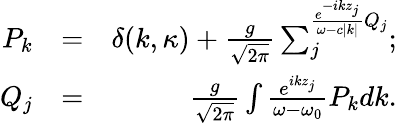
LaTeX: \begin{array}{rlr}{{P_{k}}}&{=}&{\delta({k,{\kappa}})+\frac{g}{{\sqrt{2\pi}}}\sum_{j}^{\frac{{{e^{-ik{z_{j}}}}}}{{\omega-c|k|}}{Q_{j}}};}\\ {{Q_{j}}}&{=}&{\frac{g}{{\sqrt{2\pi}}}\int{\frac{{{e^{ik{z_{j}}}}}}{{\omega-{\omega_{0}}}}{P_{k}}dk}.}\end{array}